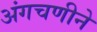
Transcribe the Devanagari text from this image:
अंगचणीने